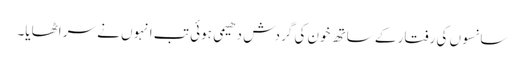
سانسوں کی رفتار کے ساتھ خون کی گردش دھیمی ہوئی تب انہوں نے سر اٹھایا۔